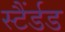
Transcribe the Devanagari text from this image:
स्टैंर्डड